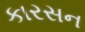
કારસન